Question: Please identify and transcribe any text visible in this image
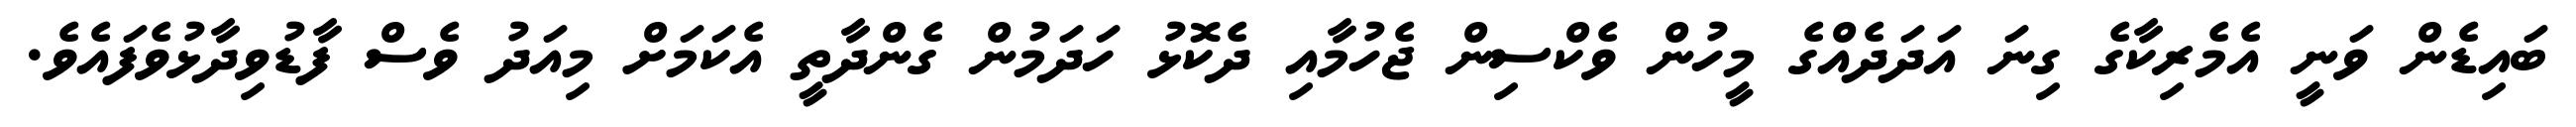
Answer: ބައިޑެން ވަނީ އެމެރިކާގެ ގިނަ އަދަދެއްގެ މީހުން ވެކްސިން ޖެހުމާއި ދެކޮޅު ހަދަމުން ގެންދާތީ އެކަމަށް މިއަދު ވެސް ފާޑުވިދާޅުވެފައެވެ.